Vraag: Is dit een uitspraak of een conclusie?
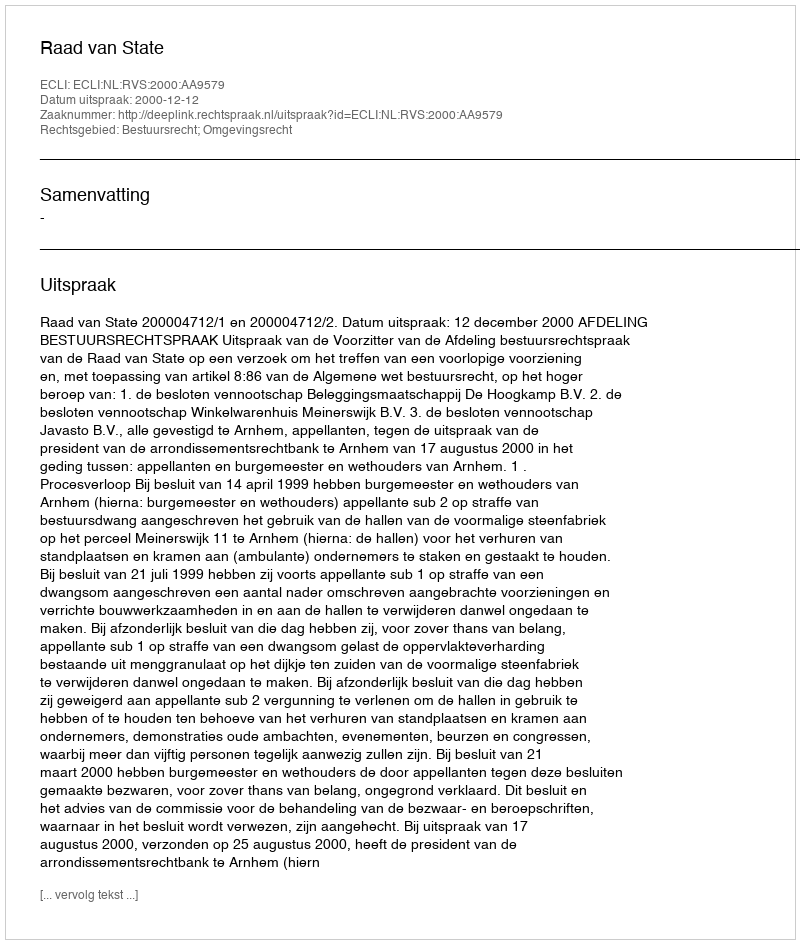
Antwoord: Uitspraak